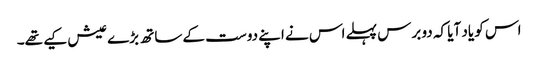
اس کو یاد آیا کہ دو برس پہلے اس نے اپنے دوست کے ساتھ بڑے عیش کیے تھے۔